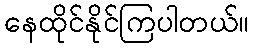
နေထိုင်နိုင်ကြပါတယ်။